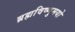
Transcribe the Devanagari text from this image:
ब्रह्मविष्णुमयो